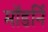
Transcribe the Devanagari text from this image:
मॉडर्नि